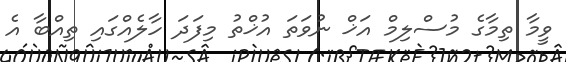
ވީމާ ތިމާގެ މުސްލިމް އަޚް ނުވަތަ އުޚްތު މިފަދަ ހާލެއްގައި ތިއްބާ އެ